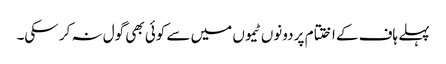
پہلے ہاف کے اختتام پر دونوں ٹیموں میں سے کوئی بھی گول نہ کر سکی۔